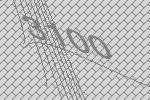
3100